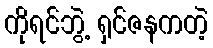
ကိုရင်ဘွဲ့ ရှင်ဇနကတဲ့